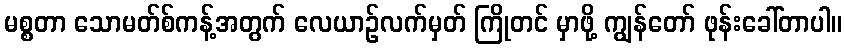
မစ္စတာ သောမတ်စ်ကန့်အတွက် လေယာဉ်လက်မှတ် ကြိုတင် မှာဖို့ ကျွန်တော် ဖုန်းခေါ်တာပါ။